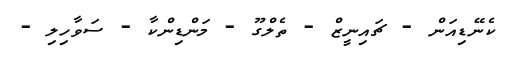
ކެނޭޑިއަން - ޗައިނީޒް - ތެލްގޫ - މަންޑިންކާ - ސަވާހިލި -